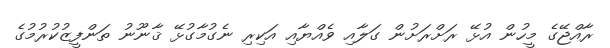
ރާއްޖޭގެ މީހުން އުޅޭ ރަށްރަށުން ގަލާއި ވެއްޔާއި އަކިރި ނެގުމާގުޅޭ ޤާނޫނު ތަންފީޒުކުރުމުގެ